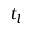
t _ { l }